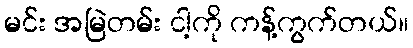
မင်း အမြဲတမ်း ငါ့ကို ကန့်ကွက်တယ်။